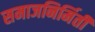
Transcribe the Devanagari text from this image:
समाजनिर्मिती